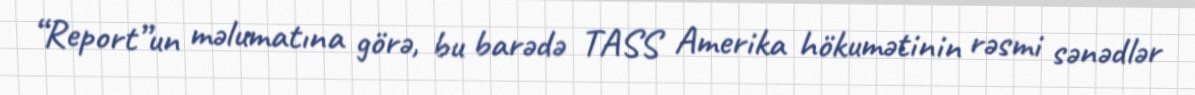
“Report”un məlumatına görə, bu barədə TASS Amerika hökumətinin rəsmi sənədlər